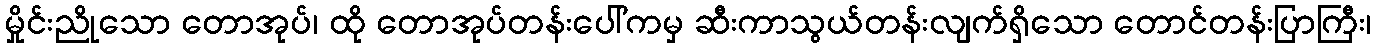
မှိုင်းညိုသော တောအုပ်၊ ထို တောအုပ်တန်းပေါ်ကမှ ဆီးကာသွယ်တန်းလျက်ရှိသော တောင်တန်းပြာကြီး၊